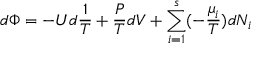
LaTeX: d \Phi = - U d { \frac { 1 } { T } } + { \frac { P } { T } } d V + \sum _ { i = 1 } ^ { s } ( - { \frac { \mu _ { i } } { T } } ) d N _ { i }